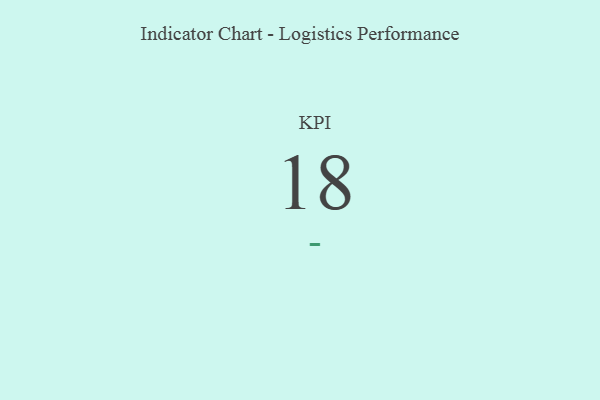
{"axis": {"x": "KPI", "y": "Value"}, "legend": [""], "data": [{"x": "KPI", "y": 18, "type": ""}]}